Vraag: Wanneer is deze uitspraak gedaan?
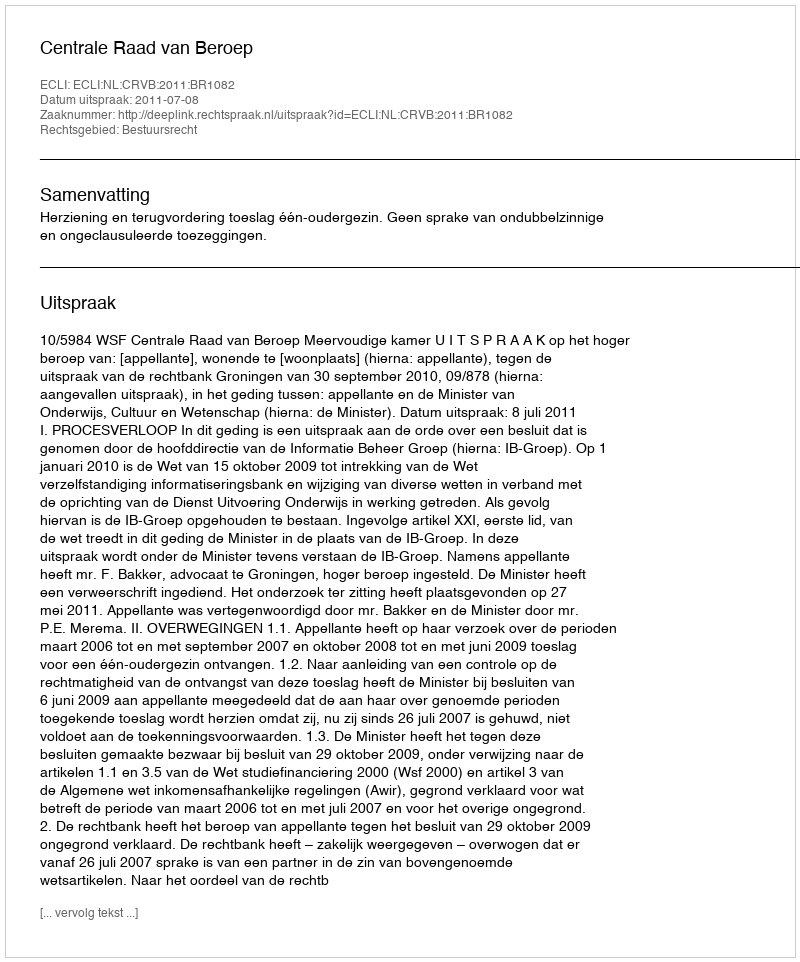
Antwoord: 2011-07-08